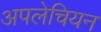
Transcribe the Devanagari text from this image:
अपलेचियन